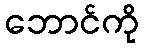
ဘောင်ကို